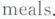
meals.